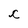
Character: c